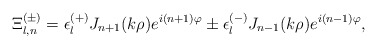
\begin{align*}\Xi_{l,n}^{(\pm)} =\epsilon_l^{(+)}J_{n+1}(k\rho)e^{i(n+1)\varphi} \pm \epsilon_l^{(-)}J_{n-1}(k\rho)e^{i(n-1)\varphi},\end{align*}